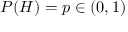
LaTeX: P ( H ) = p \in ( 0 , 1 )